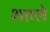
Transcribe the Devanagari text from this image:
शतले